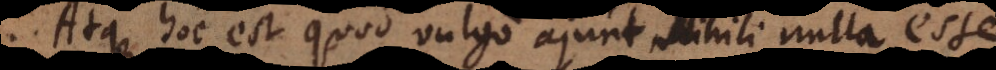
. Atque hoc est quod vulgo ajunt Nihili nulla esse